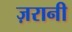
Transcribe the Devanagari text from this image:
ज़रानी